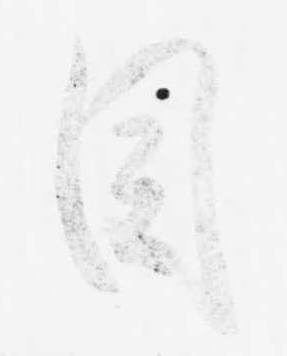
目